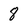
Character: 8